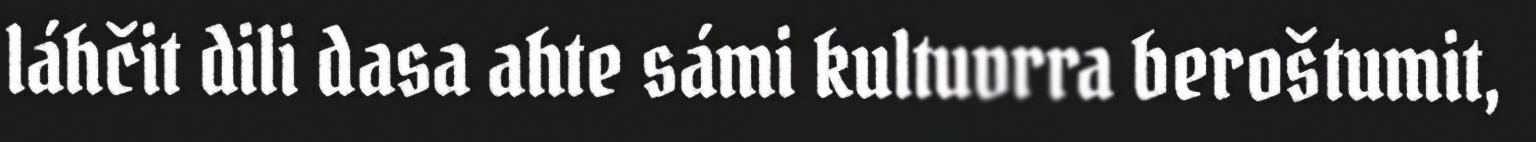
láhčit dili dasa ahte sámi kultuvrra beroštumit,